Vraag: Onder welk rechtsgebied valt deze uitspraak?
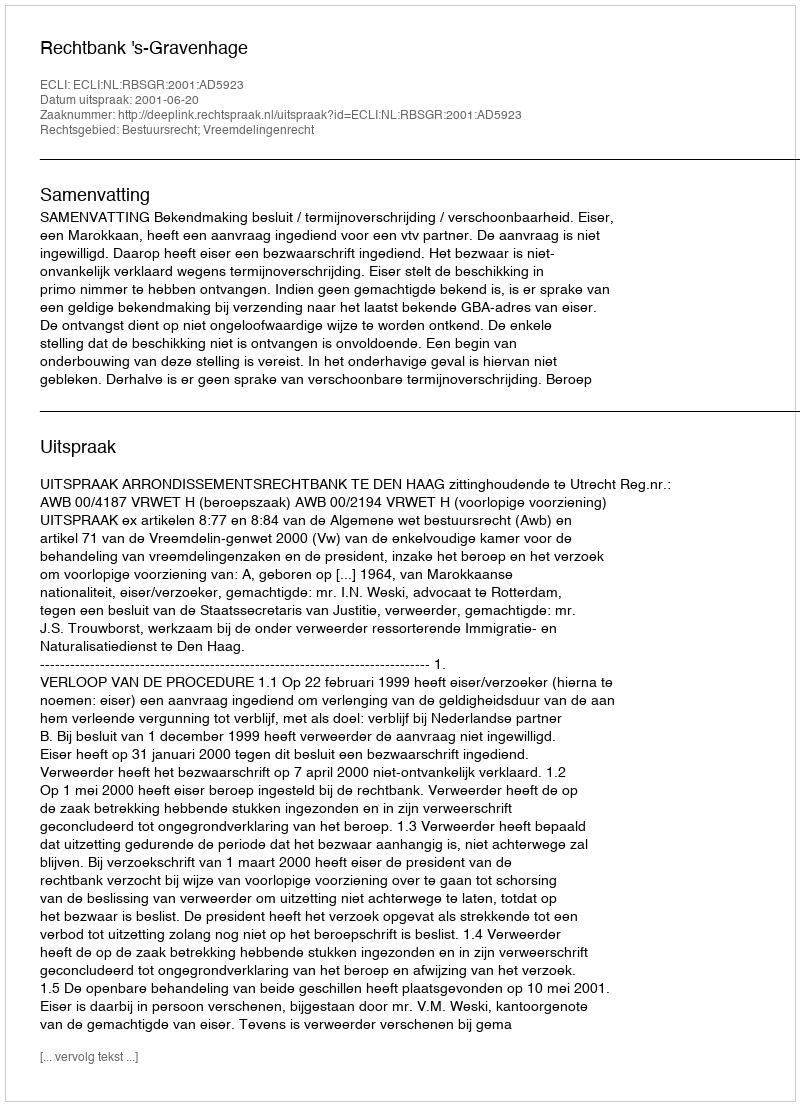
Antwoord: Bestuursrecht; Vreemdelingenrecht